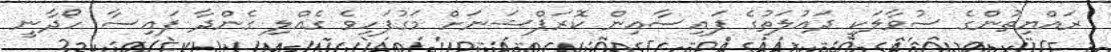
ރައްޔިތުންގެ ސުވާލަކީ ދައުލަތުގެ ފައިސާއިން ކޮރަޕްޝަނަށް މަގުފަހިވެ ގެއްލި ގެންދާ ފައިސާ ހޯދާނީ